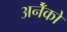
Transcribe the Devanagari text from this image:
अनेँको